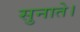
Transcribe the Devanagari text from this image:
सुनाते।